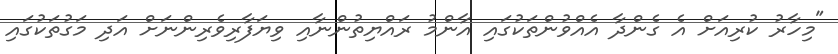
"މިހާރު ކުރިއަށް އެ ގެންދާ އެއްވުންތަކުގައި އާންމު ރައްޔިތުންނާއި ވިޔަފާރިވެރިންނަށް އަދި މަގުތަކުގައި